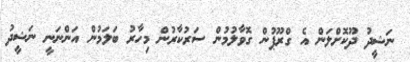
ނަޝީދު ދޫކޮށްލަން އެ ގްރޫޕުން ގޮވާލުމުން ސަރުކާރުން މިހާރު ބަލަމުން އަންނަނީ ނަޝީދު